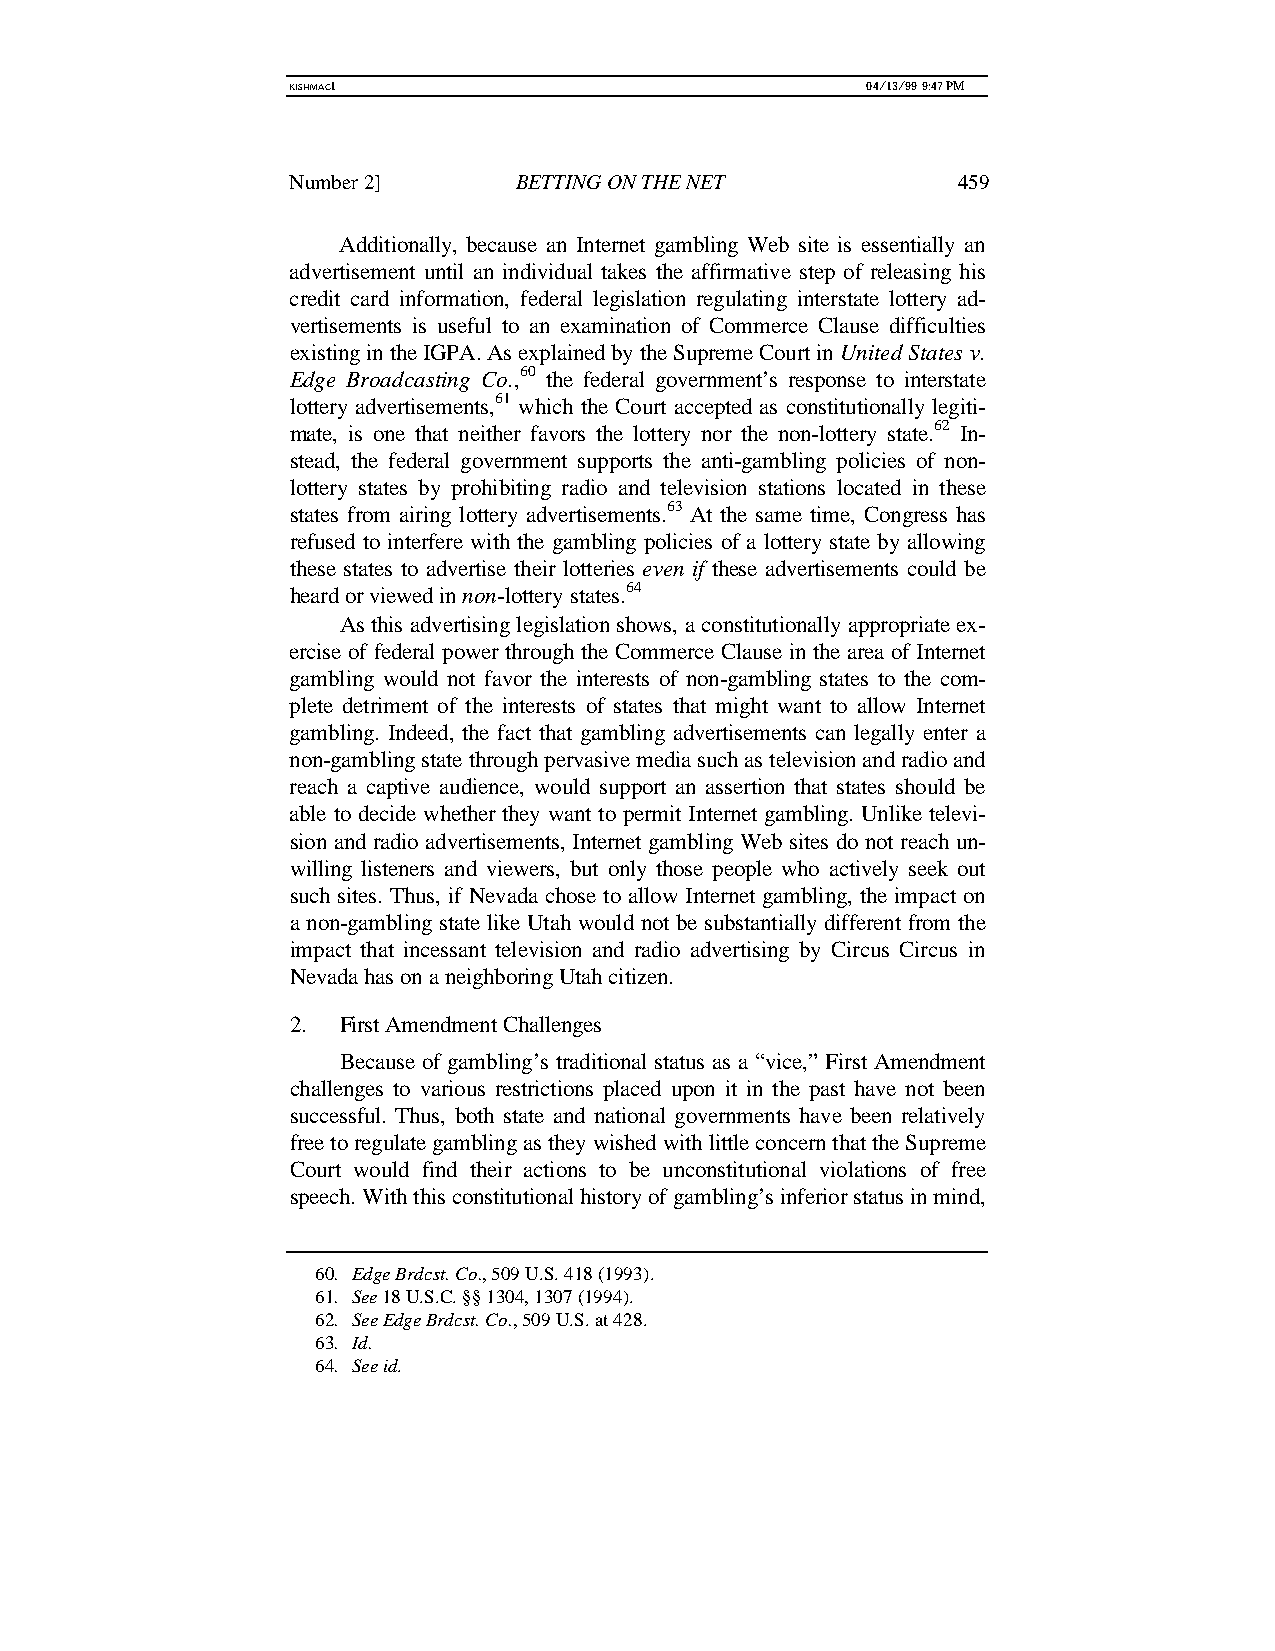
KISHMAC1                              04/13/99 9:47 PM
 Number 2]      BETTING ON THE NET           459
 Additionally, because an Internet gambling Web site is essentially an
 advertisement until an individual takes the affirmative step of releasing his
 credit card information, federal legislation regulating interstate lottery ad-
 vertisements is useful to an examination of Commerce Clause difficulties
 existing in the IGPA. As explained by the Supreme Court in United States v.
 Edge Broadcasting Co.,60 the federal government’s response to interstate
 lottery advertisements,61 which the Court accepted as constitutionally legiti-
 mate, is one that neither favors the lottery nor the non-lottery state.62 In-
 stead, the federal government supports the anti-gambling policies of non-
 lottery states by prohibiting radio and television stations located in these
 states from airing lottery advertisements.63 At the same time, Congress has
 refused to interfere with the gambling policies of a lottery state by allowing
 these states to advertise their lotteries even if these advertisements could be
 heard or viewed in non-lottery states.64
 As this advertising legislation shows, a constitutionally appropriate ex-
 ercise of federal power through the Commerce Clause in the area of Internet
 gambling would not favor the interests of non-gambling states to the com-
 plete detriment of the interests of states that might want to allow Internet
 gambling. Indeed, the fact that gambling advertisements can legally enter a
 non-gambling state through pervasive media such as television and radio and
 reach a captive audience, would support an assertion that states should be
 able to decide whether they want to permit Internet gambling. Unlike televi-
 sion and radio advertisements, Internet gambling Web sites do not reach un-
 willing listeners and viewers, but only those people who actively seek out
 such sites. Thus, if Nevada chose to allow Internet gambling, the impact on
 a non-gambling state like Utah would not be substantially different from the
 impact that incessant television and radio advertising by Circus Circus in
 Nevada has on a neighboring Utah citizen.
 2. First Amendment Challenges
 Because of gambling’s traditional status as a “vice,” First Amendment
 challenges to various restrictions placed upon it in the past have not been
 successful. Thus, both state and national governments have been relatively
 free to regulate gambling as they wished with little concern that the Supreme
 Court would find their actions to be unconstitutional violations of free
 speech. With this constitutional history of gambling’s inferior status in mind,
 60. Edge Brdcst. Co., 509 U.S. 418 (1993).
 61. See 18 U.S.C. §§ 1304, 1307 (1994).
 62. See Edge Brdcst. Co., 509 U.S. at 428.
 63. Id.
 64. See id.